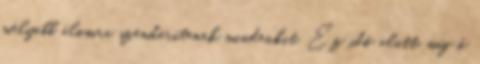
mélyebb álomra szenderítenek mindenkit. Ez idő alatt, míg ő